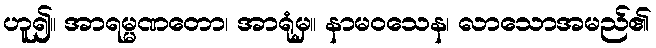
ဟူ၍။ အာရမ္မဏတော၊ အာရုံမှ။ နာမဝသေန၊ လာသောအမည်၏